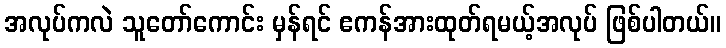
အလုပ်ကလဲ သူတော်ကောင်း မှန်ရင် ဧကန်အားထုတ်ရမယ့်အလုပ် ဖြစ်ပါတယ်။